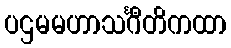
ပဌမမဟာသင်္ဂီတိကထာ